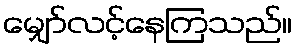
မျှော်လင့်နေကြသည်။